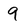
Character: 9